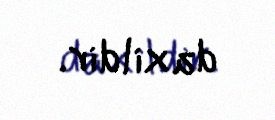
daxildir.